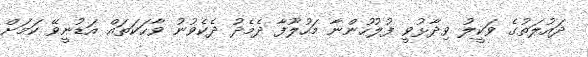
ދައުލަތުގެ ވަކީލު ވިދާޅުވީ ފުލުހުންނާ މަހުލޫފާ ދެމެދު ދެކެވުނު ވާހަކަތައް އަޑުނީވޭ ކަމަށް